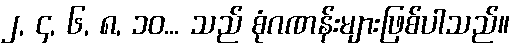
၂, ၄, ၆, ၈, ၁၀... သည် စုံဂဏန်းများဖြစ်ပါသည်။